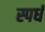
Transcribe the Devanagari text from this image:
स्पर्ध